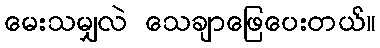
မေးသမျှလဲ သေချာဖြေပေးတယ်။